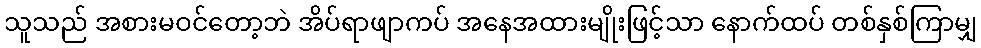
သူသည် အစားမဝင်တော့ဘဲ အိပ်ရာဖျာကပ် အနေအထားမျိုးဖြင့်သာ နောက်ထပ် တစ်နှစ်ကြာမျှ